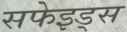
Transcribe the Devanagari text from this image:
सफेइड्स